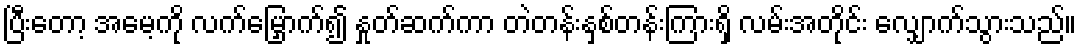
ပြီးတော့ အမေ့ကို လက်မြှောက်၍ နှုတ်ဆက်ကာ တဲတန်းနှစ်တန်းကြားရှိ လမ်းအတိုင်း လျှောက်သွားသည်။